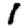
Digit: 1